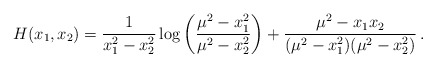
\begin{align*}H(x_1,x_2)= \frac{1}{x_1^2-x_2^2}\log\left(\frac{\mu^2-x_1^2}{\mu^2-x_2^2}\right)+\frac{\mu^2-x_1x_2}{(\mu^2-x_1^2)(\mu^2-x_2^2)}\,.\end{align*}